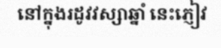
នៅក្នុងរដូវវស្សាឆ្នាំ នេះភ្ញៀវ